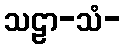
သဠာ-သံ-